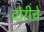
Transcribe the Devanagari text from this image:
दोरीचे